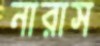
নারাস